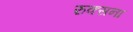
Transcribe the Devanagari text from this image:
रुक्सना